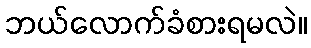
ဘယ်လောက်ခံစားရမလဲ။